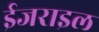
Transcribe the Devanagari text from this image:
ईजराइल